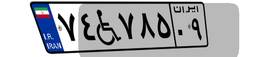
۷۴W۷۸۵۰۹